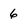
Character: 6